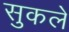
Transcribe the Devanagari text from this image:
सुकले